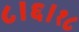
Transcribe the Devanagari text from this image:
८।६।१८